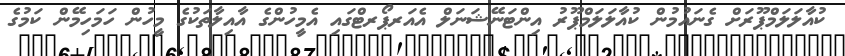
ކުއާލަލަމްޕޫރަށް ގެނައުމުން ކުއާލަލަމްޕޫރު އިންޓަނޭޝަނަލް އެއަރޕޯރޓްގައި އެމީހުންގެ އާއިލާތަކުގެ މީހުން ހަމަހިމޭން ކަމުގެ